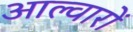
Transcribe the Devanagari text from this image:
आल्वारों